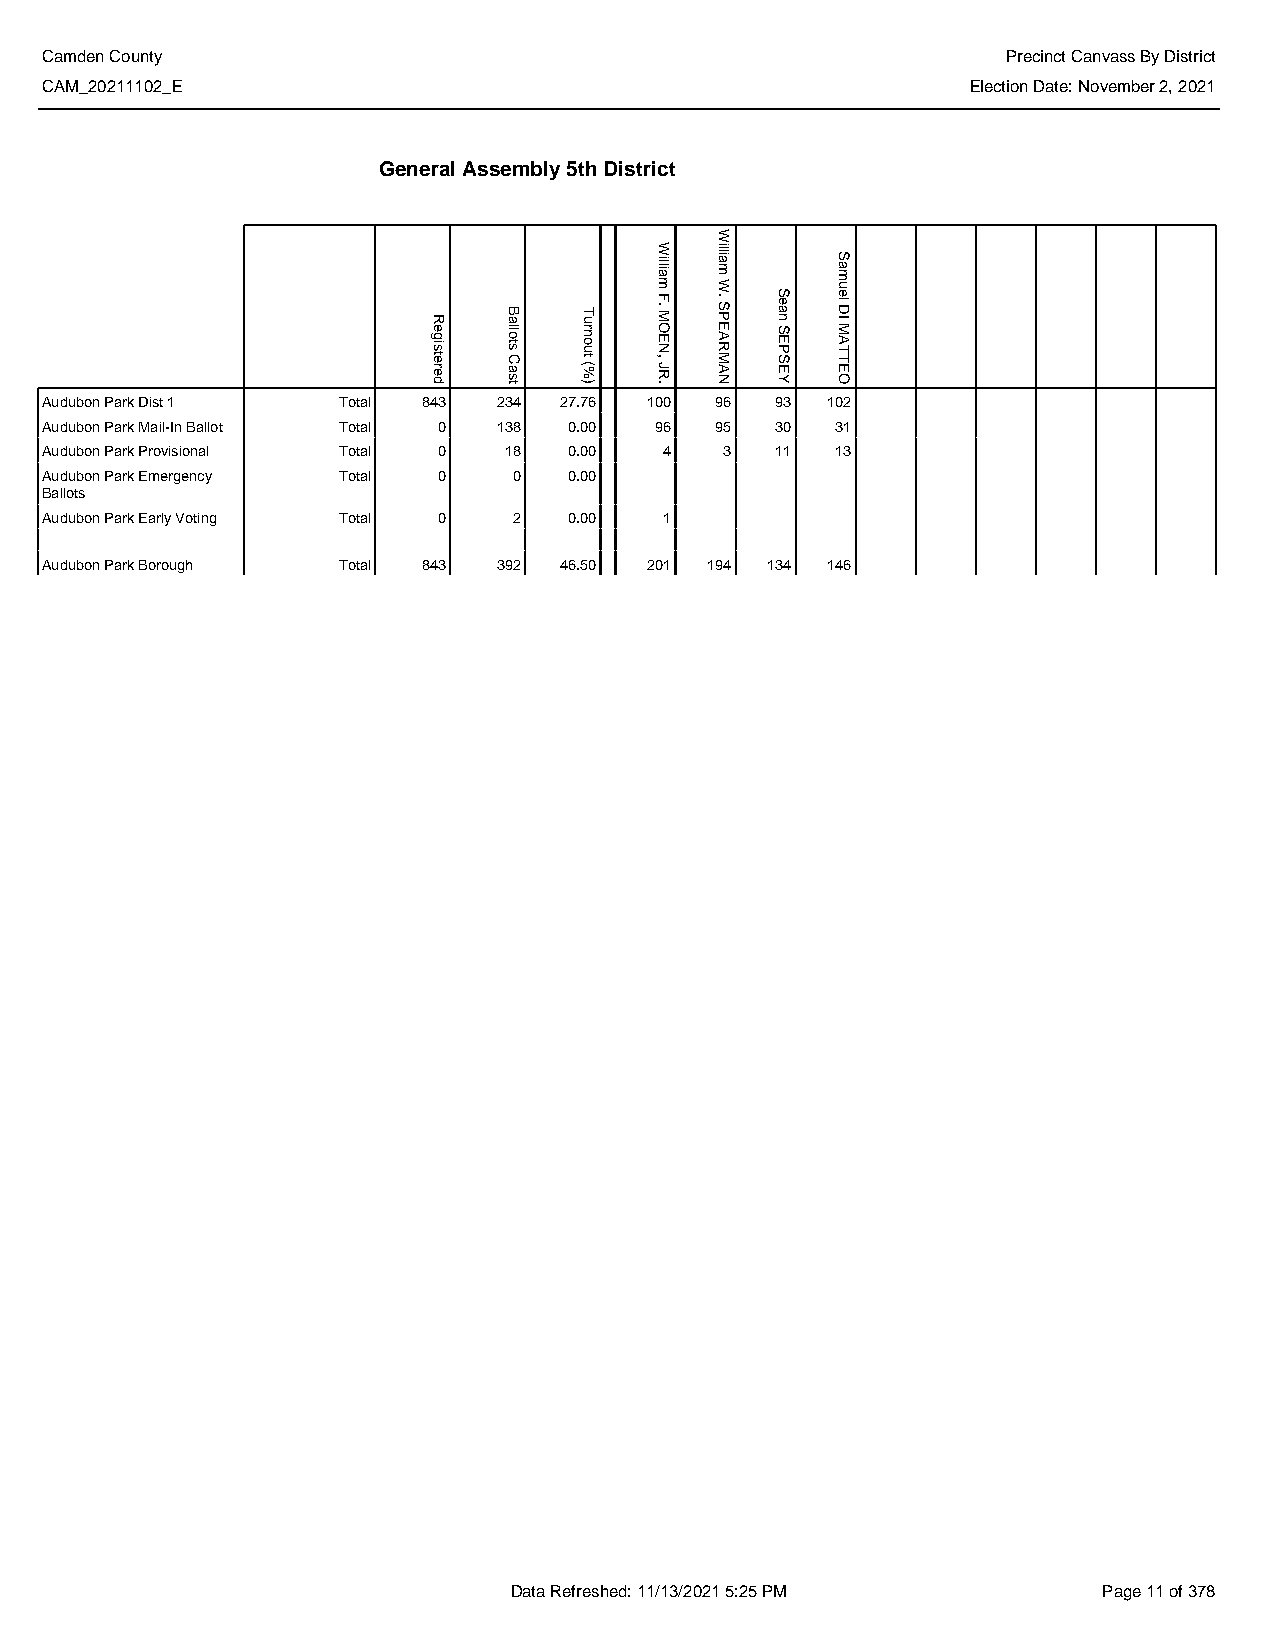
Camden County                                                   Precinct Canvass By District
 CAM_20211102_E                                               Election Date: November 2, 2021
 General Assembly 5th District
 Audubon Park Dist 1 Total 843 234 27.76 100 96  93  102
 Audubon Park Mail-In Ballot Total 0 138 0.00 96 95 30 31
 Audubon Park Provisional Total 0 18 0.00 4   3  11  13
 Audubon Park Emergency Total 0 0   0.00
 Ballots
 Audubon Park Early Voting Total 0 2 0.00 1
 Audubon Park Borough Total 843 392 46.50 201 194 134 146
 Data Refreshed: 11/13/2021 5:25 PM     Page 11 of 378
 Registered Ballots
 Cast
 Turnout
 (%)
 William
 F.
 MOEN,
 JR.
 William
 W.
 SPEARMAN
 Sean
 SEPSEY
 Samuel
 DI
 MATTEO